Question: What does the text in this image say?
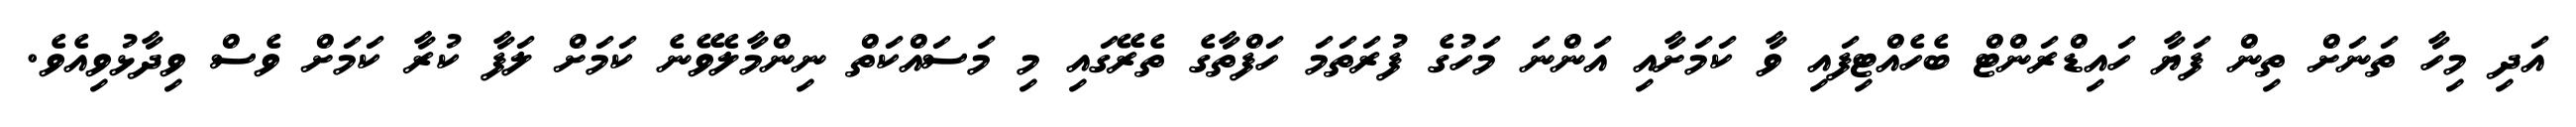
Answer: އަދި މިހާ ތަނަށް ތިން ފަޔާ ހައިޑްރަންޓް ބެހެއްޓިފައި ވާ ކަމަށާއި އަންނަ މަހުގެ ފުރަތަމަ ހަފްތާގެ ތެރޭގައި މި މަސައްކަތް ނިންމާލެވޭނެ ކަމަށް ލަފާ ކުރާ ކަމަށް ވެސް ވިދާޅުވިއެވެ.